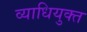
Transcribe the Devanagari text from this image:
व्याधियुक्त